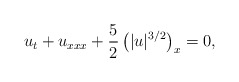
\begin{align*}u_t+u_{xxx}+\frac{5}{2}\left(|u|^{3/2}\right)_x=0,\end{align*}